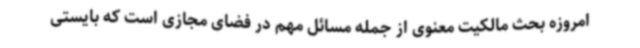
امروزه بحث مالکیت معنوی از جمله مسائل مهم در فضای مجازی است که بایستی